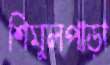
শিমুলপাড়া